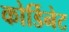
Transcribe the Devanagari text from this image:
कोर्डिनेट